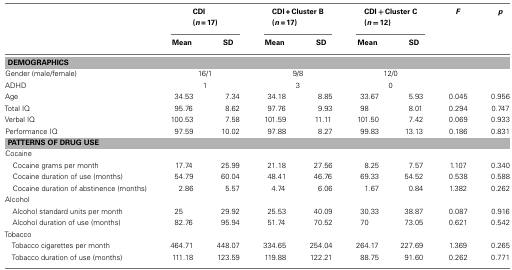
<table><thead><tr><td></td><td colspan="2"><b>CDI (<i>n</i> = 17)</b></td><td colspan="2"><b>CDI + Cluster B (<i>n</i> = 17)</b></td><td colspan="2"><b>CDI + Cluster C (<i>n</i> = 12)</b></td><td><b><i>F</i></b></td><td><b><i>p</i></b></td></tr><tr><td></td><td><b>Mean</b></td><td><b>SD</b></td><td><b>Mean</b></td><td><b>SD</b></td><td><b>Mean</b></td><td><b>SD</b></td><td></td></tr></thead><tbody><tr><td colspan="9"><b>DEMOGRAPHICS</b></td></tr><tr><td>Gender (male/female)</td><td colspan="2">16/1</td><td colspan="2">9/8</td><td colspan="2">12/0</td><td></td><td></td></tr><tr><td>ADHD</td><td colspan="2">1</td><td colspan="2">3</td><td colspan="2">0</td><td></td><td></td></tr><tr><td>Age</td><td>34.53</td><td>7.34</td><td>34.18</td><td>8.85</td><td>33.67</td><td>5.93</td><td>0.045</td><td>0.956</td></tr><tr><td>Total IQ</td><td>95.76</td><td>8.62</td><td>97.76</td><td>9.93</td><td>98</td><td>8.01</td><td>0.294</td><td>0.747</td></tr><tr><td>Verbal IQ</td><td>100.53</td><td>7.58</td><td>101.59</td><td>11.11</td><td>101.50</td><td>7.42</td><td>0.069</td><td>0.933</td></tr><tr><td>Performance IQ</td><td>97.59</td><td>10.02</td><td>97.88</td><td>8.27</td><td>99.83</td><td>13.13</td><td>0.186</td><td>0.831</td></tr><tr><td colspan="9"><b>PATTERNS OF DRUG USE</b></td></tr><tr><td>Cocaine</td></tr><tr><td> Cocaine grams per month</td><td>17.74</td><td>25.99</td><td>21.18</td><td>27.56</td><td>8.25</td><td>7.57</td><td>1.107</td><td>0.340</td></tr><tr><td> Cocaine duration of use (months)</td><td>54.79</td><td>60.04</td><td>48.41</td><td>46.76</td><td>69.33</td><td>54.52</td><td>0.538</td><td>0.588</td></tr><tr><td> Cocaine duration of abstinence (months)</td><td>2.86</td><td>5.57</td><td>4.74</td><td>6.06</td><td>1.67</td><td>0.84</td><td>1.382</td><td>0.262</td></tr><tr><td>Alcohol</td></tr><tr><td> Alcohol standard units per month</td><td>25</td><td>29.92</td><td>25.53</td><td>40.09</td><td>30.33</td><td>38.87</td><td>0.087</td><td>0.916</td></tr><tr><td> Alcohol duration of use (months)</td><td>82.76</td><td>95.94</td><td>51.74</td><td>70.52</td><td>70</td><td>73.05</td><td>0.621</td><td>0.542</td></tr><tr><td>Tobacco</td></tr><tr><td> Tobacco cigarettes per month</td><td>464.71</td><td>448.07</td><td>334.65</td><td>254.04</td><td>264.17</td><td>227.69</td><td>1.369</td><td>0.265</td></tr><tr><td> Tobacco duration of use (months)</td><td>111.18</td><td>123.59</td><td>119.88</td><td>122.21</td><td>88.75</td><td>91.60</td><td>0.262</td><td>0.771</td></tr></tbody></table>